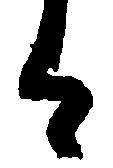
す